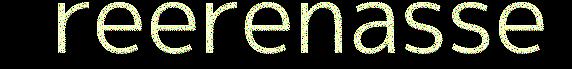
reerenasse